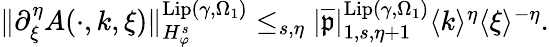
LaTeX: \begin{array}{r}{\rVert\partial_{\xi}^{\eta}A(\cdot,k,\xi)\rVert_{H_{\varphi}^{s}}^{\mathrm{Lip}(\gamma,\Omega_{1})}\le_{s,\eta}|\overline{{\mathfrak{p}}}|_{1,s,\eta+1}^{\mathrm{Lip}(\gamma,\Omega_{1})}\langle k\rangle^{\eta}\langle\xi\rangle^{-\eta}.}\end{array}